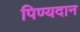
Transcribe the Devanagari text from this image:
पिण्यदान